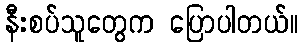
နီးစပ်သူတွေက ပြောပါတယ်။